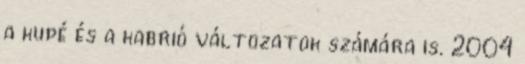
a kupé és a kabrió változatok számára is. 2004